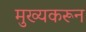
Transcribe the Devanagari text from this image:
मुख्यकरून